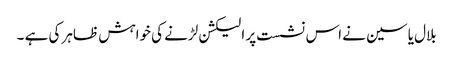
بلال یاسین نے اس نشست پر الیکشن لڑنے کی خواہش ظاہر کی ہے ۔